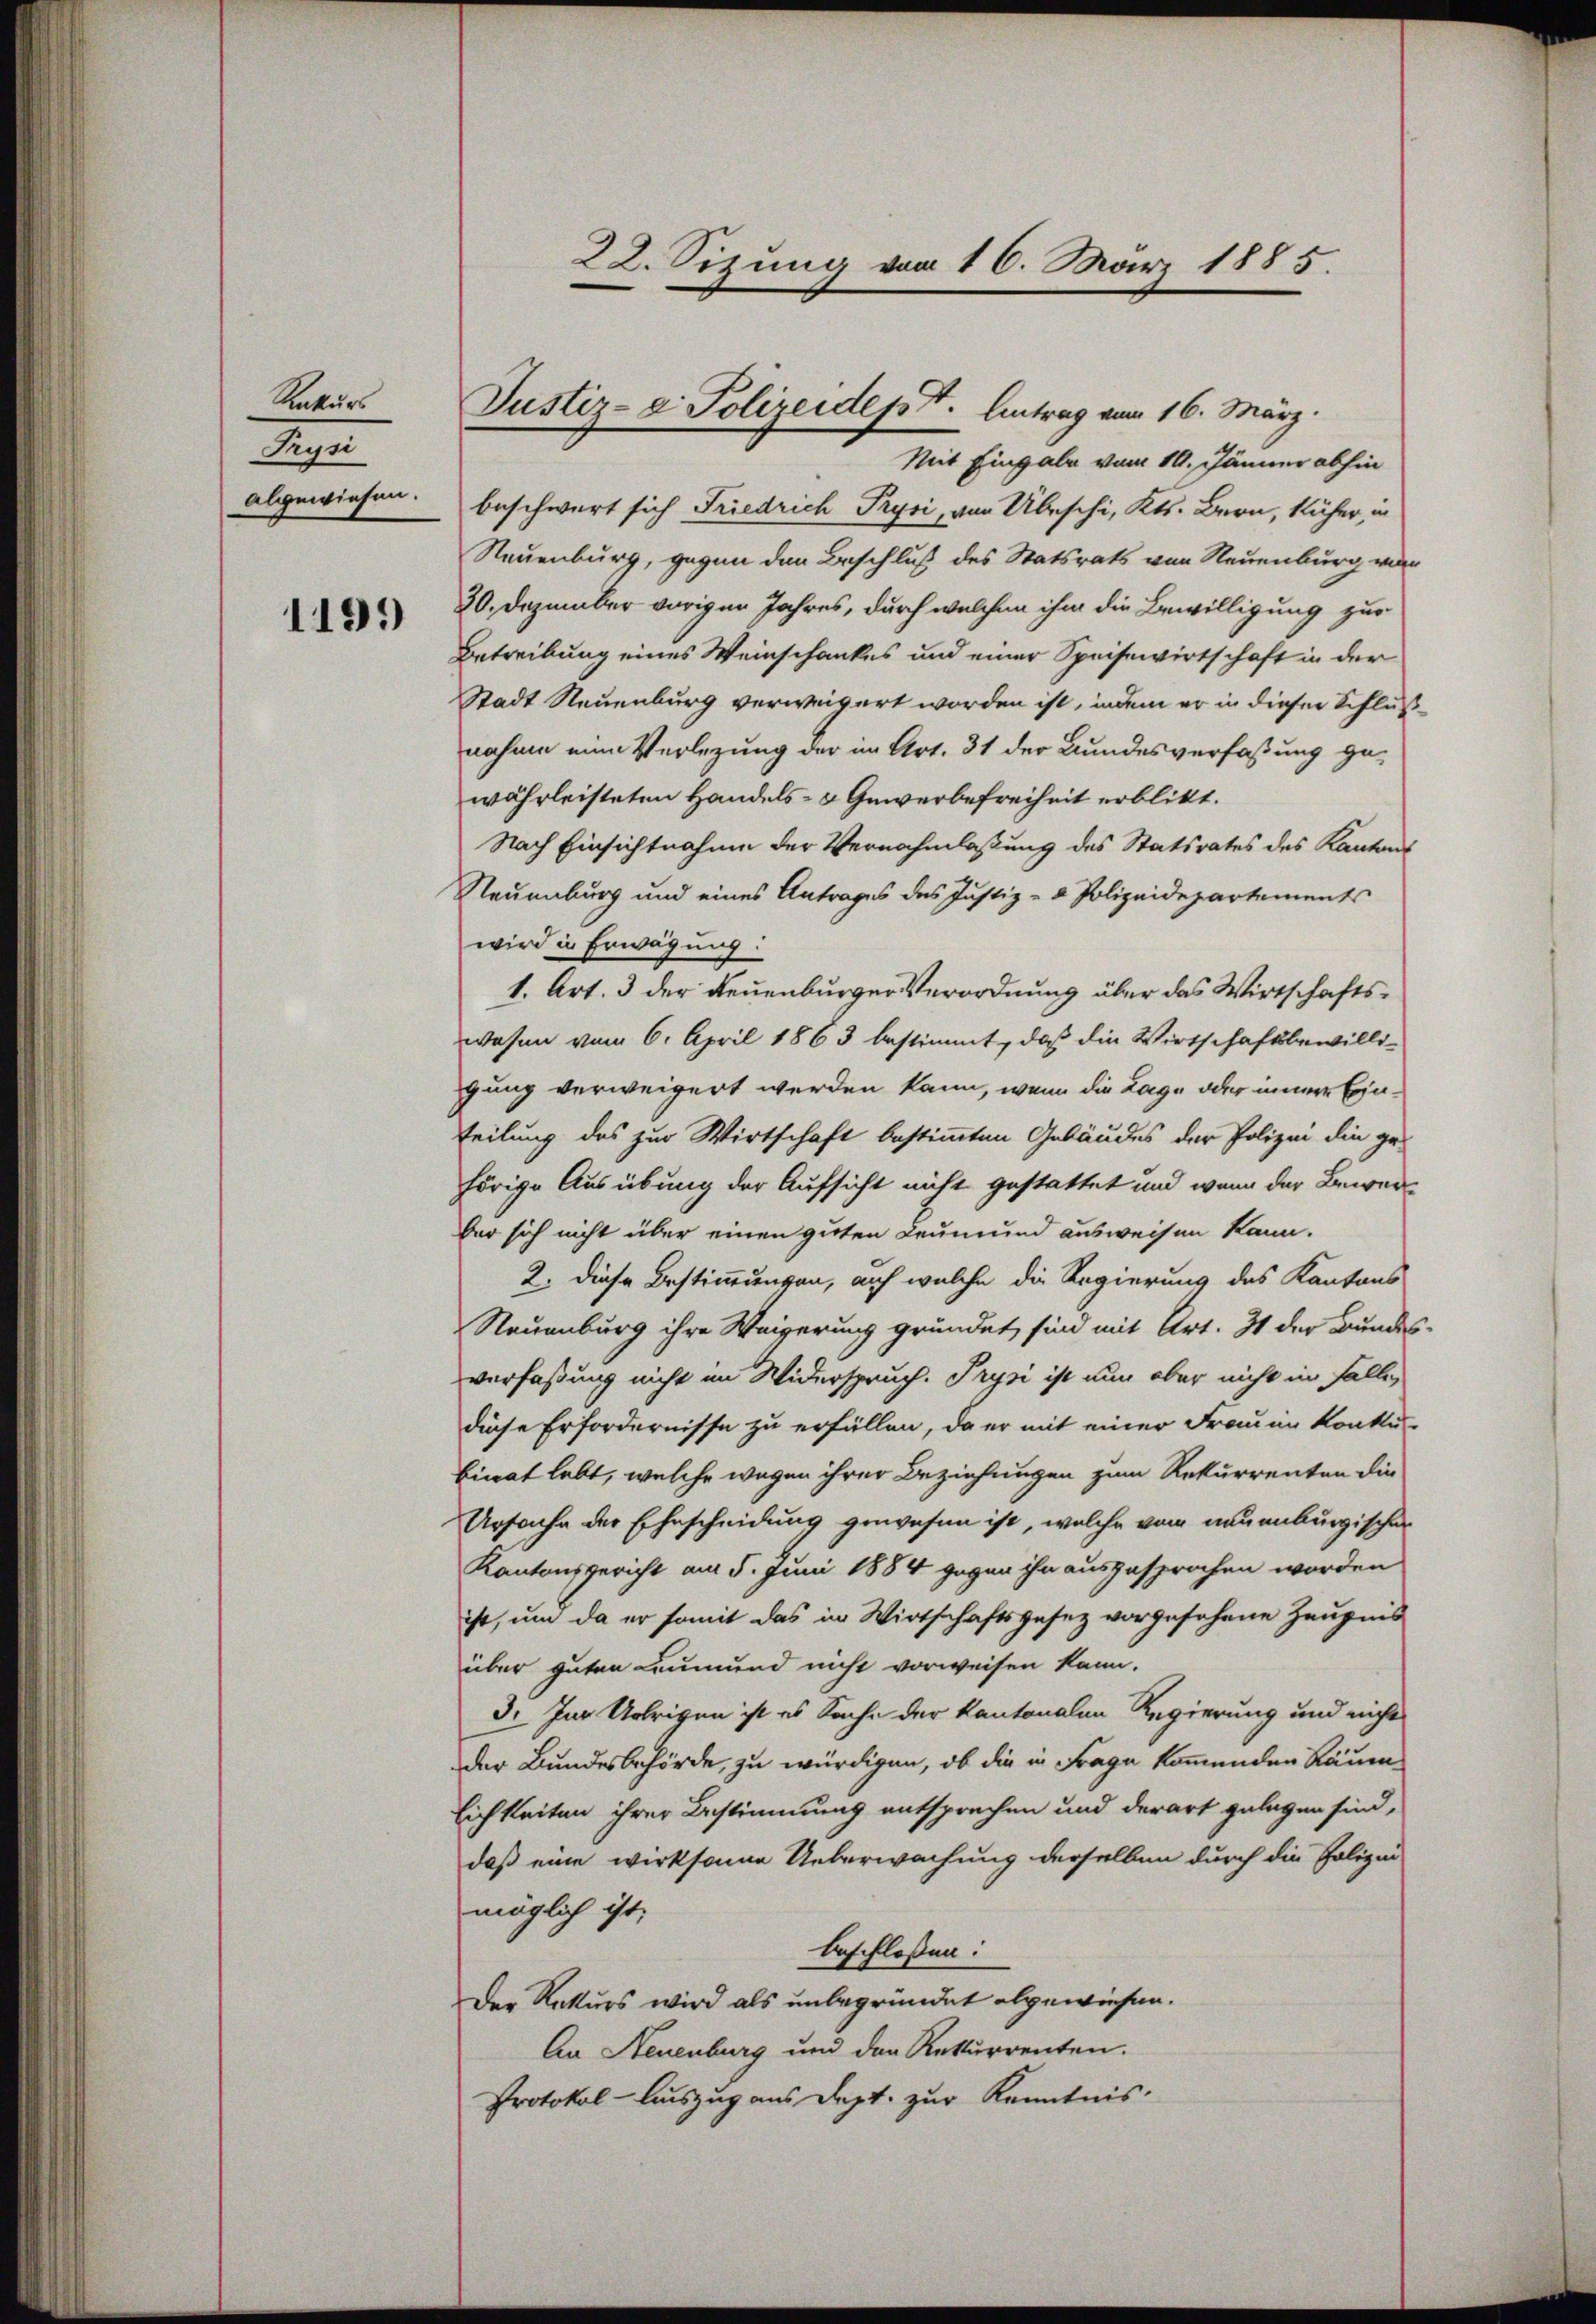
Rekur
S
abgewiesen.

1199

22. Sizung vom 16. März 1885.

Mit Eingabe vom 10. Jänner abhin
beschwert sich Friedrich Prysi, von Übeschi, Kts. Bern, näher, in
Neuenburg, gegen den Beschluß des Statsrats von Neuenburg ver
30. Dezember vorigen Jahres, durch welchen ihm die Bewilligung zur
Betreibung eines Weinschankes und einer Speisewirtschaft in der
Stadt Neuenburg verweigert worden ist, indem er in dieser Schluß
nahme eine Verlegung der im Art. 31 der Bundesverfassung ge-
währleisteten Handels- & Gewerbefreiheit erblickt.
Nach Einsichtnahme der Vernahmlassung des Statsrates des Kantons
Neuenburg und eines Antrages des Justiz- & Polizeidepartements
wird in Erwägung:
1. Art. 3 der Neuenburger Verordnung über das Wirtschaftswahen vom 6. April 1863 bestimmt, daß die Wirtschaftsbewilligung verweigert werden kann, wenn die Lage oder inner Einteilung des zur Wirtschaft bestimmten Gebäudes der Polizei die gehörige Ausübung der Aufsicht nicht gestattet und wenn der Bewerber sich nicht über einen guten Leumund ausweisen kann.
2. diese Bestimmungen, auf welche die Regierung des Kantons
Neuenburg ihre Weigerung gründet, sind mit Art. 31 der Bundes-
verfassung nicht im Widerspruch. Prysi ist nun aber nicht in Falle,
diese Erfordernisse zu erfüllen, da er mit einer Frau in Konku
binat lebt, welche wegen ihrer Beziehungen zum Rekurrenten die
Ursache der Ehescheidung gewesen ist, welche vom neuenburgischer
Kantonsgericht am 5. Juni 1884 gegen ihn ausgesprochen worden
ist, um da er somit das in Wirtschaftsgesez vorgesehene Zeugnis
über guten Leumund nicht vorweisen kann.
3. Im Uebrigen ist es Sache der kantonalen Regierung und nicht
der Bundesbehörde, zu würdigen, ob die in Frage kommenden Räum¬
Eichkeiten ihrer Bestimmung entsprechen und derart gelegen sind,
daß eine wirksame Ueberwachung derselben durch die Polizei-
möglich ist,
beschloßen:
Der Rekurs wird als unbegründet abgewiesen.
An Neuenburg und den Rekurrenten.
Protokol-Auszug aus Dept. zur Kenntnis.

Justiz- & Polizeidesst. Antrag vom 16. März.